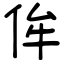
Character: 侔